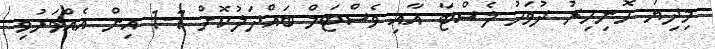
މިދިޔަ ހޮނިހިރު ދުވަހު ލެސްޓާ އާއި ވެސްޓަމް ބައްދަލުކޮށް 1-1 އިން އެއްވަރުވި